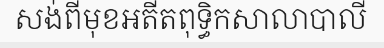
សង់ពីមុខអតីតពុទ្ធិកសាលាបាលី